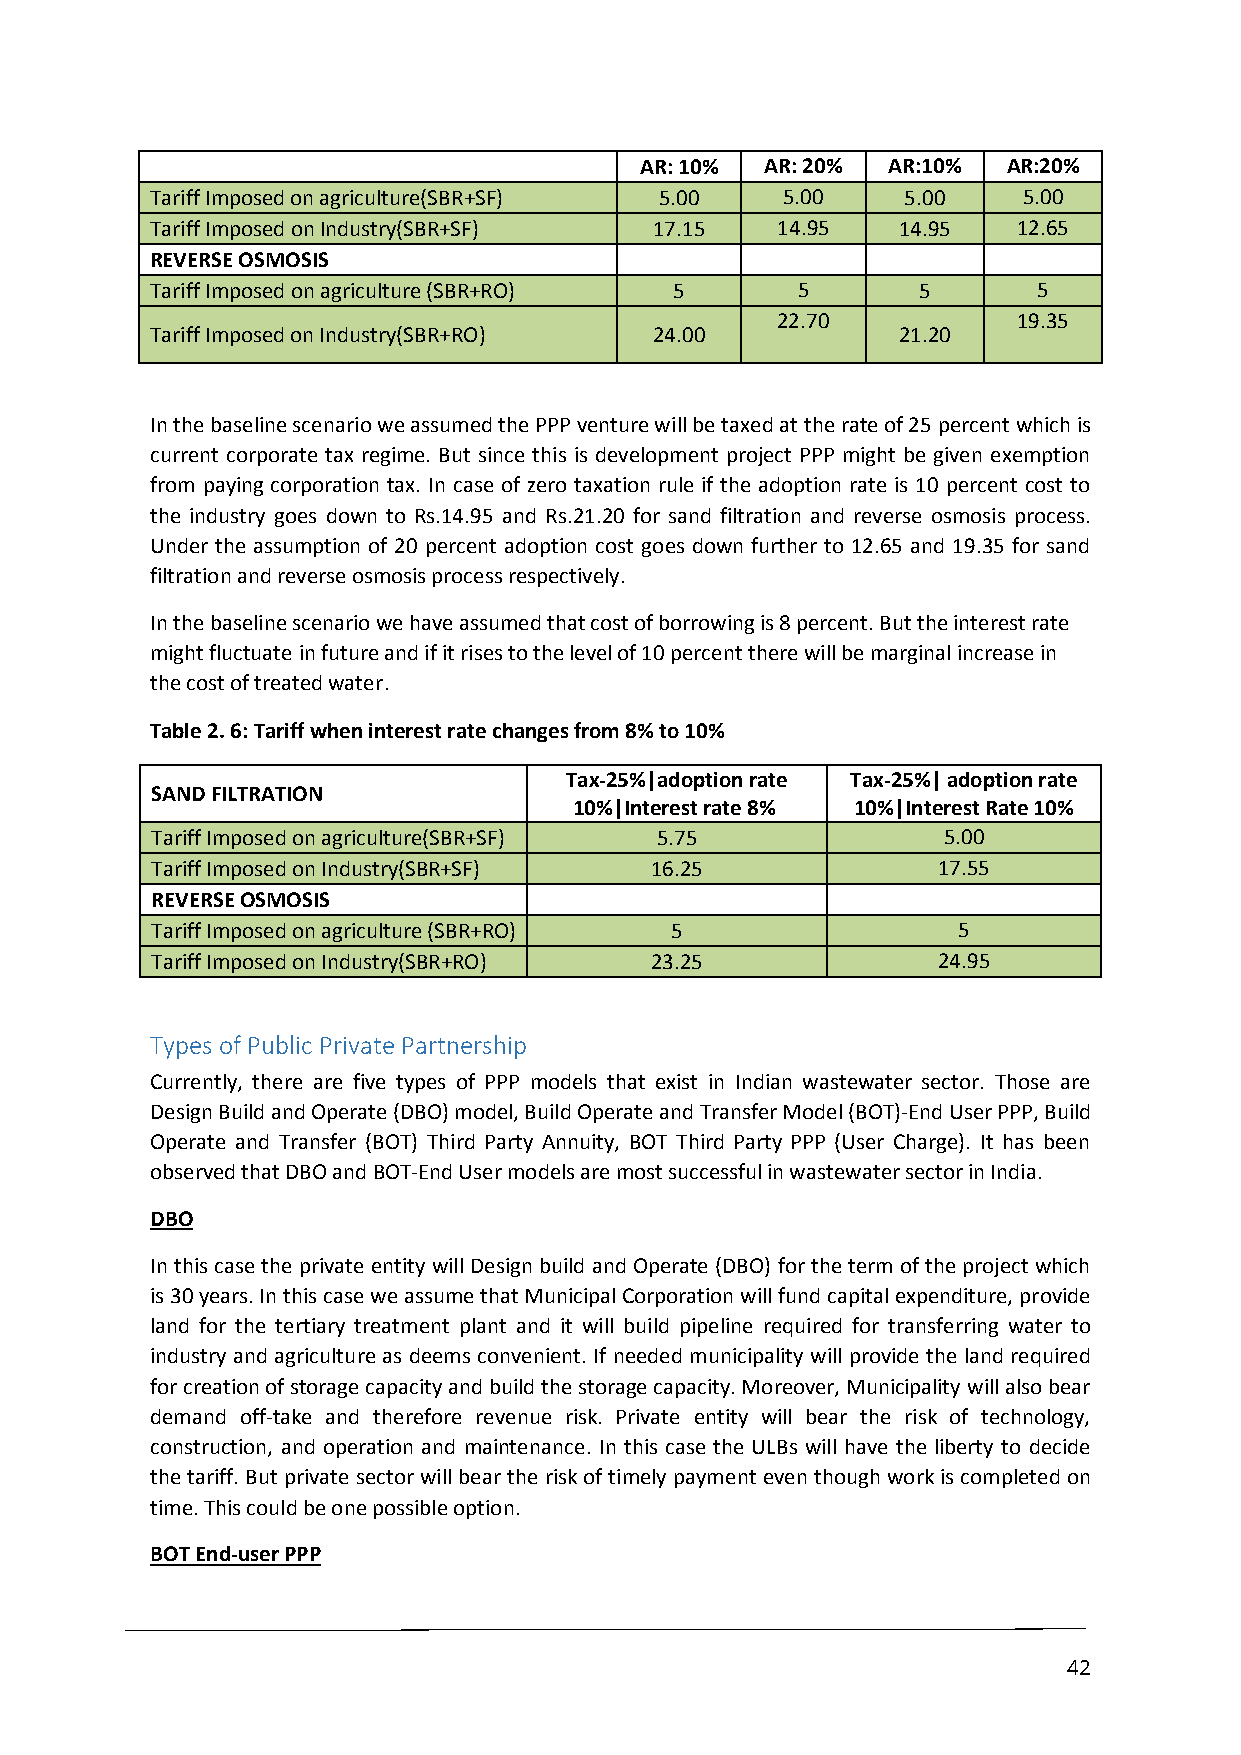
AR: 10%  AR: 20% AR:10%  AR:20%
 Tariff Imposed on agriculture(SBR+SF) 5.00 5.00   5.00    5.00
 Tariff Imposed on Industry(SBR+SF) 17.15 14.95   14.95   12.65
 REVERSE OSMOSIS
 Tariff Imposed on agriculture (SBR+RO) 5   5       5       5
 22.70           19.35
 Tariff Imposed on Industry(SBR+RO) 24.00         21.20
 In the baseline scenario we assumed the PPP venture will be taxed at the rate of 25 percent which is
 current corporate tax regime. But since this is development project PPP might be given exemption
 from paying corporation tax. In case of zero taxation rule if the adoption rate is 10 percent cost to
 the industry goes down to Rs.14.95 and Rs.21.20 for sand filtration and reverse osmosis process.
 Under the assumption of 20 percent adoption cost goes down further to 12.65 and 19.35 for sand
 filtration and reverse osmosis process respectively.
 In the baseline scenario we have assumed that cost of borrowing is 8 percent. But the interest rate
 might fluctuate in future and if it rises to the level of 10 percent there will be marginal increase in
 the cost of treated water.
 Table 2. 6: Tariff when interest rate changes from 8% to 10%
 Tax-25%|adoption rate Tax-25%| adoption rate
 SAND FILTRATION
 10%|Interest rate 8% 10%|Interest Rate 10%
 Tariff Imposed on agriculture(SBR+SF) 5.75          5.00
 Tariff Imposed on Industry(SBR+SF) 16.25            17.55
 REVERSE OSMOSIS
 Tariff Imposed on agriculture (SBR+RO) 5             5
 Tariff Imposed on Industry(SBR+RO) 23.25            24.95
 Types of Public Private Partnership
 Currently, there are five types of PPP models that exist in Indian wastewater sector. Those are
 Design Build and Operate (DBO) model, Build Operate and Transfer Model (BOT)-End User PPP, Build
 Operate and Transfer (BOT) Third Party Annuity, BOT Third Party PPP (User Charge). It has been
 observed that DBO and BOT-End User models are most successful in wastewater sector in India.
 DBO
 In this case the private entity will Design build and Operate (DBO) for the term of the project which
 is 30 years. In this case we assume that Municipal Corporation will fund capital expenditure, provide
 land for the tertiary treatment plant and it will build pipeline required for transferring water to
 industry and agriculture as deems convenient. If needed municipality will provide the land required
 for creation of storage capacity and build the storage capacity. Moreover, Municipality will also bear
 demand off-take and therefore revenue risk. Private entity will bear the risk of technology,
 construction, and operation and maintenance. In this case the ULBs will have the liberty to decide
 the tariff. But private sector will bear the risk of timely payment even though work is completed on
 time. This could be one possible option.
 BOT End-user PPP
 42